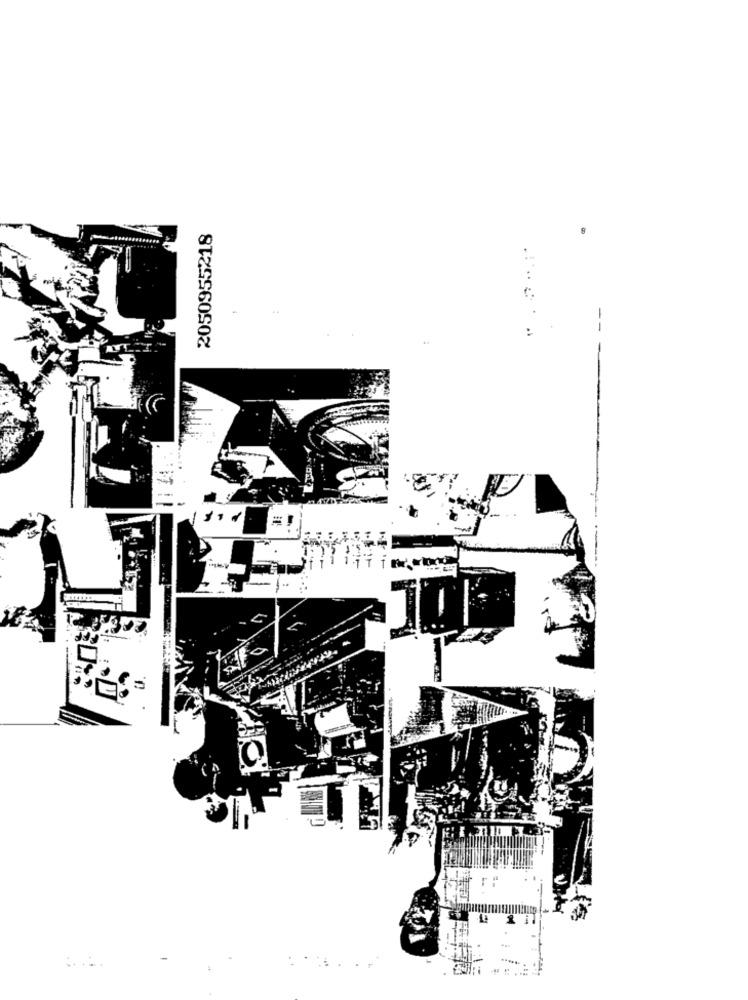
2050955218
8
=
..